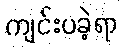
ကျင်းပခဲ့ရာ